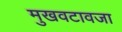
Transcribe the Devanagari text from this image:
मुखवटावजा